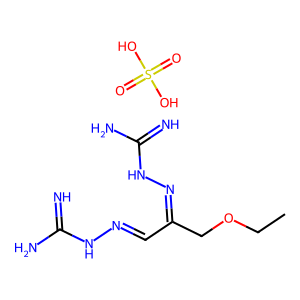
SMILES: CCOCC(C=NNC(=N)N)=NNC(=N)N.O=S(=O)(O)O
Inhibits HIV replication: No